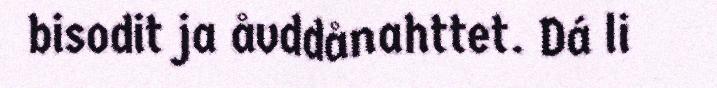
bisodit ja åvddånahttet. Dá li